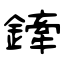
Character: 鏲